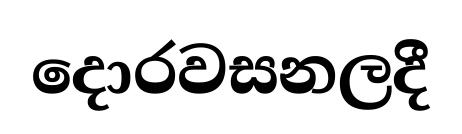
දොරවසනලදී